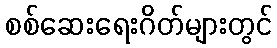
စစ်ဆေးရေးဂိတ်များတွင်